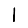
Digit: 1